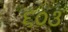
૬૦૩